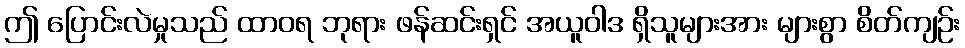
ဤ ပြောင်းလဲမှုသည် ထာဝရ ဘုရား ဖန်ဆင်းရှင် အယူဝါဒ ရှိသူများအား များစွာ စိတ်ကျဉ်း